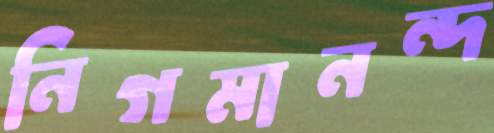
নিগমানন্দ